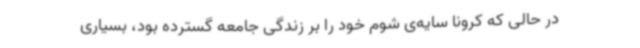
در حالی که کرونا سایه‌ی شوم خود را بر زندگی جامعه گسترده بود، بسیاری